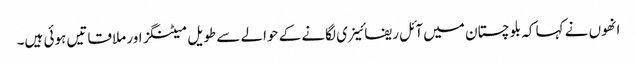
انھوں نے کہا کہ بلوچستان میں آئل ریفائینری لگانے کے حوالے سے طویل میٹنگز اور ملاقاتیں ہوئی ہیں۔